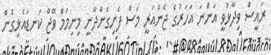
ރައީސް ވިދާޅުވީ އަންނަ އަހަރުގެ ޖެނުއަރީ މަސް ފެށިގެންދާނީ މިނިމަމް ވޭޖް ކަނޑައެޅިގެން